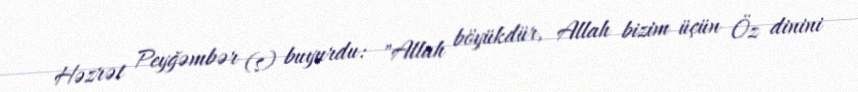
Həzrət Peyğəmbər (s) buyurdu: "Allah böyükdür, Allah bizim üçün Öz dinini